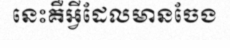
នេះគឺអ្វីដែលមានចែង